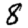
Digit: 8